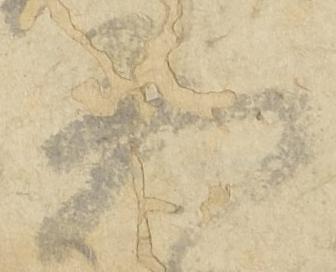
恐